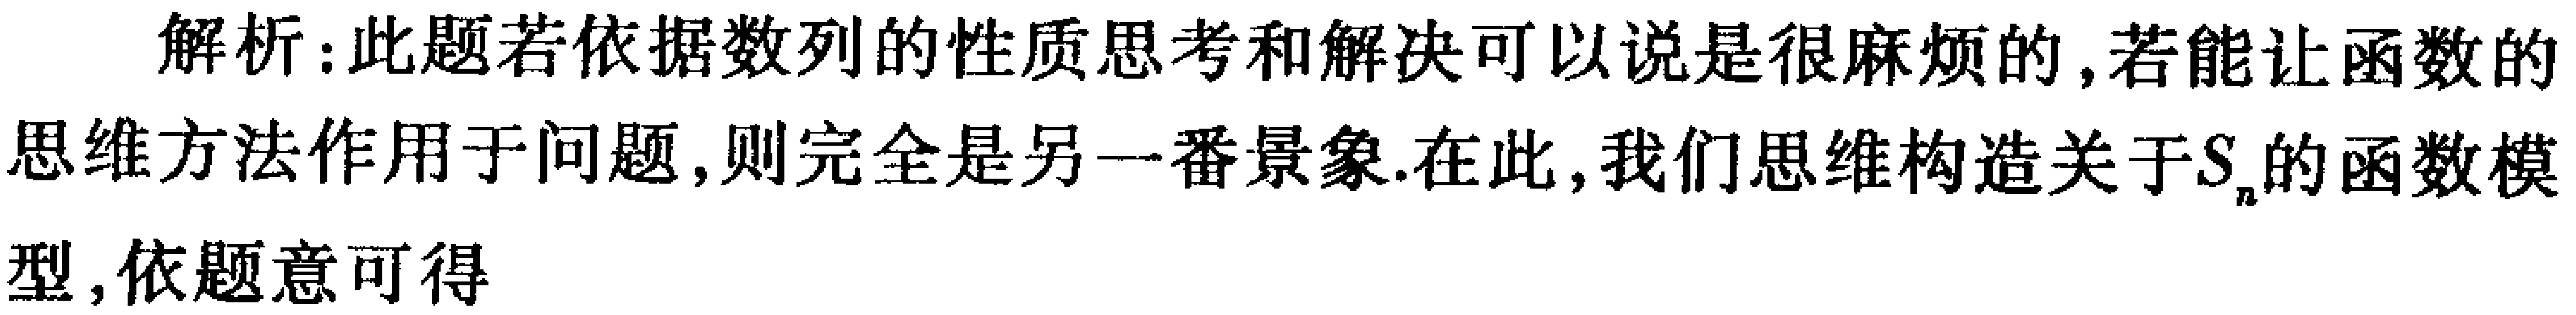
解析：此题若依据数列的性质思考和解决可以说是很麻烦的,若能让函数的
思维方法作用于问题,则完全是另一番景象.在此,我们思维构造关于\(S_{n}\)的函数模
型,依题意可得